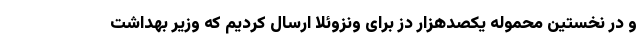
و در نخستین محموله یکصدهزار دز برای ونزوئلا ارسال کردیم که وزیر بهداشت